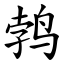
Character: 鹁